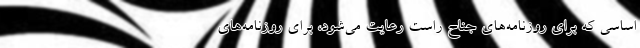
اساسی که برای روزنامه‌های جناح راست رعایت می‌شود، برای روزنامه‌های